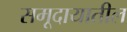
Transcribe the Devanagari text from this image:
समूदायातील